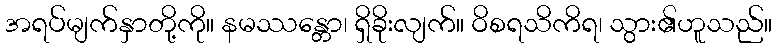
အရပ်မျက်နှာတို့ကို။ နမဿန္တော၊ ရှိခိုးလျက်။ ဝိစရသိကိရ၊ သွား၏ဟူသည်။